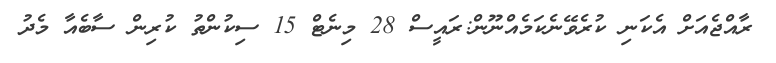
ރާއްޖެއަށް އެކަނި ކުރެވޭނެކަމެއްނޫން:ރައީސް 28 މިނެޓް 15 ސިކުންތު ކުރިން ސާބެއާ މެދު